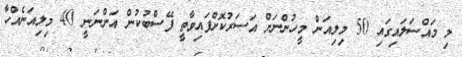
މި މައްސަލައިގައި 50 މިލިއަން މީހުންނަށް އަސަރުކޮށްފައިވާތީ ފޭސްބުކުން އަންނަނީ 40 މިލިއަނެއްހާ